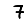
Digit: 7